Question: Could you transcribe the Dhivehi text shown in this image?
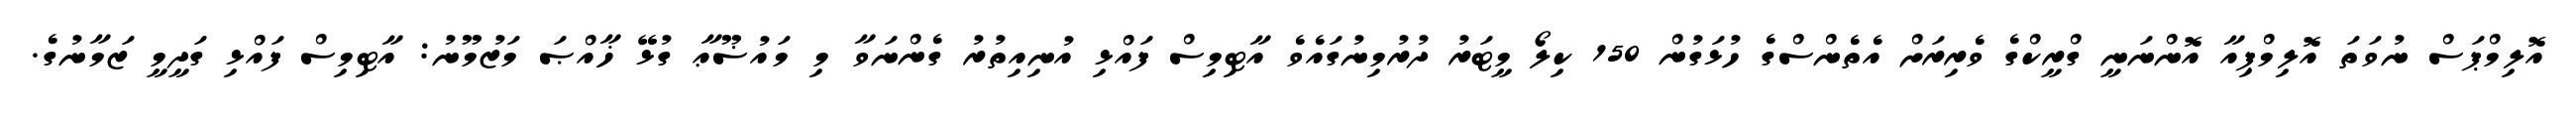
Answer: އޮލިމްޕަސް ނުވަތަ އޮލިމްޕިއާ އޮންނަނީ ގްރީކްގެ ވެރިރަށް އެތެންސްގެ ހުޅަގުން 150 ކިލޯ މީޓަރު ދުރުމިނުގައެވެ އާޓިމިސް ފައްޅި އުނިއިތުރު ގެންނަވާ މި މައުޟޫޢާ ގުޅޭ ޚާއްޞަ މަޒުމޫނު: އާޓިމިސް ފައްޅި ގަދީމީ ޒަމާނުގެ.